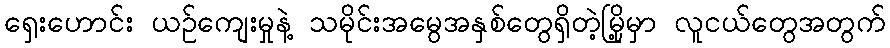
ရှေးဟောင်း ယဉ်ကျေးမှုနဲ့ သမိုင်းအမွေအနှစ်တွေရှိတဲ့မြို့မှာ လူငယ်တွေအတွက်